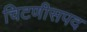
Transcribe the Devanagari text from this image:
चिटणीसपद